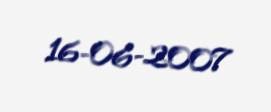
16-06-2007